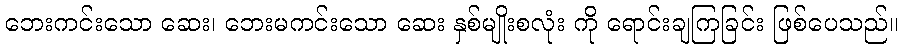
ဘေးကင်းသော ဆေး၊ ဘေးမကင်းသော ဆေး နှစ်မျိုးစလုံး ကို ရောင်းချကြခြင်း ဖြစ်ပေသည်။